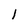
Character: l